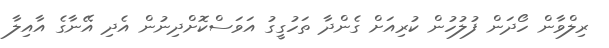
ރިލްވާން ހޯދަން ފުލުހުން ކުރިއަށް ގެންދާ ތަހުގީގު އަވަސްކޮށްދިނުން އެދި އޭނާގެ އާއިލާ